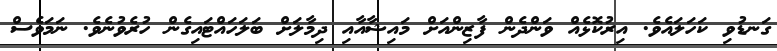
ގަނޑުވި ކަހަލައެވެ. އިރުކޮޅެއް ވަންދެން ފާޒިންއަށް މައިޝާއާއި ދިމާލަށް ބަލަހައްޓައިގެން ހުރެވުނެވެ. ނަމަވެސް